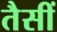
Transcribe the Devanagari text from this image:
तैसीं